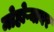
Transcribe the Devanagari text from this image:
मोहोऱ्यावर